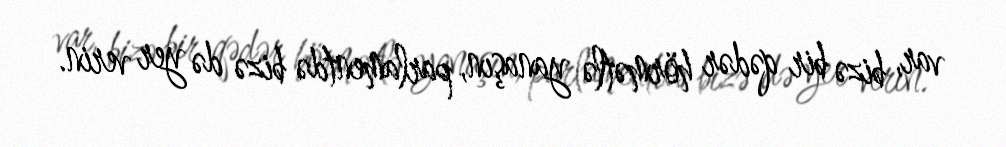
var, bizə bir qədər hörmətlə yanaşın, parlamentdə bizə də yer verin.